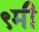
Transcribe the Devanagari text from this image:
९मी